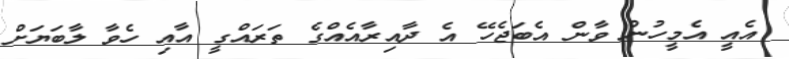
އެއީ އެމީހުން ވާން އެބަޖެހޭ އެ ދާއިރާއެއްގެ ތަރައްގީ އާއި ހެވާ ލާބަޔަށް